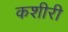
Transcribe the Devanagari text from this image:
कशीरी